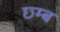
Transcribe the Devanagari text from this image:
छ्म्ब